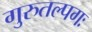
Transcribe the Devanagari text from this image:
गुरुतल्पगः